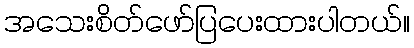
အသေးစိတ်ဖော်ပြပေးထားပါတယ်။